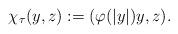
LaTeX: \begin{align*}\chi_{\tau}(y,z):=(\varphi(\left\vert y\right\vert )y,z). \end{align*}